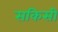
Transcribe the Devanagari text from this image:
सकिसी